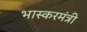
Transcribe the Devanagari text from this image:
भास्करमंत्री